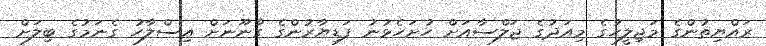
ރައްޔިތުންގެ މަޖިލީހުގެ މިއަދުގެ ޖަލްސާއަށް ހުށަހެޅުނު ފަޑިޔާރުންގެ ގާނޫނަށް އިސްލާހު ގެނަމުގެ ބިލަށް